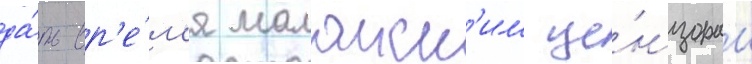
да́ть вр'е́м'я малаиск'им це́нзорам